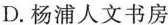
D.杨浦人文书房